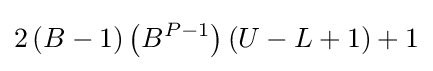
2\left(B-1\right)\left(B^{P-1}\right)\left(U-L+1\right)+1